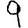
Digit: 9